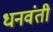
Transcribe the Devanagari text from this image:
धनवंती